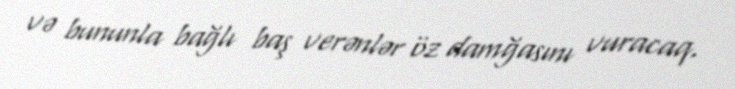
və bununla bağlı baş verənlər öz damğasını vuracaq.